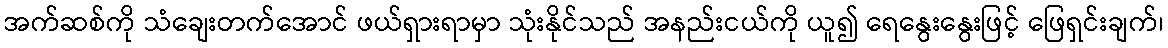
အက်ဆစ်ကို သံချေးတက်အောင် ဖယ်ရှားရာမှာ သုံးနိုင်သည် အနည်းငယ်ကို ယူ၍ ရေနွေးနွေးဖြင့် ဖြေရှင်းချက်၊